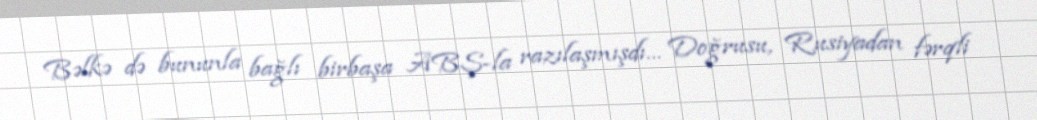
Bəlkə də bununla bağlı birbaşa ABŞ-la razılaşmışdı… Doğrusu, Rusiyadan fərqli